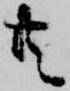
共